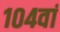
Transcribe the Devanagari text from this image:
१०४वां